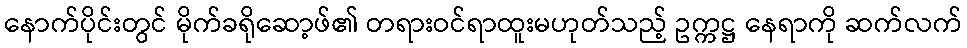
နောက်ပိုင်းတွင် မိုက်ခရိုဆော့ဖ်၏ တရားဝင်ရာထူးမဟုတ်သည့် ဥက္ကဋ္ဌ နေရာကို ဆက်လက်